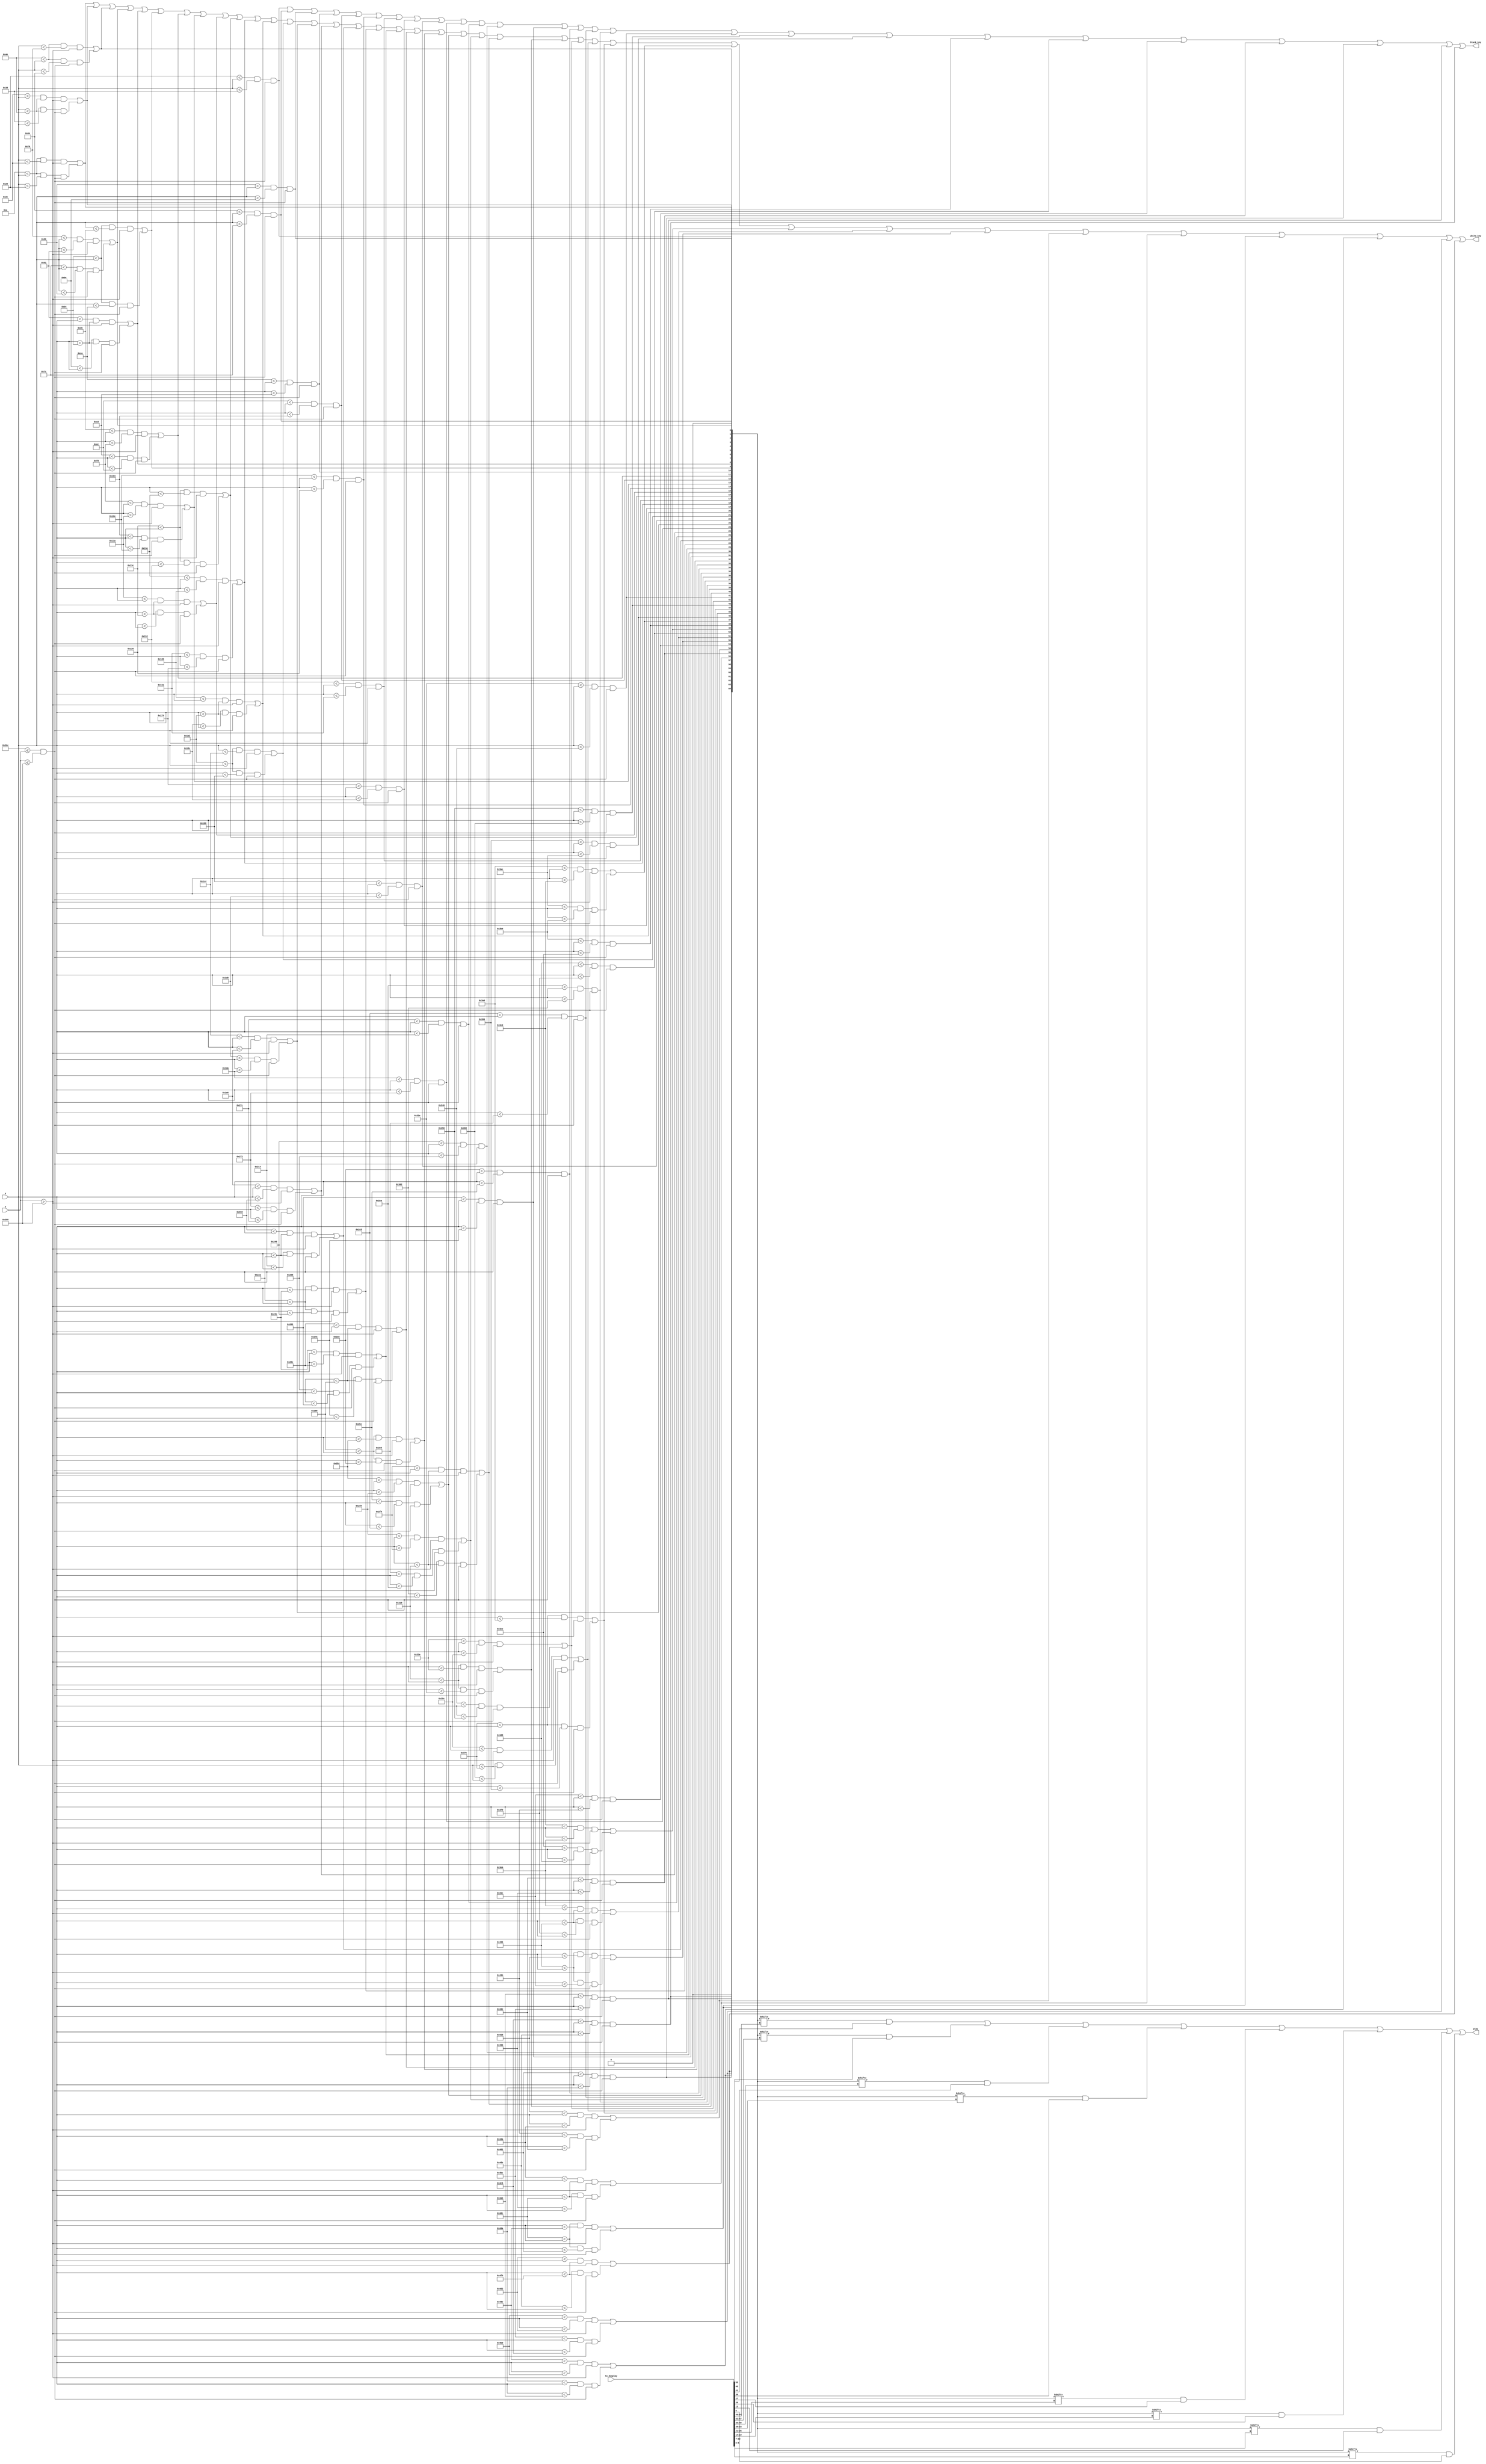
module piano_display(
   input [10:0] x,
	input [9:0] y,
	input [55:0] to_display,
	
	output white_key,
	output black_key,
	output play
);
	
	/* define some bit map variables */
	wire white_key_lower_y_dim = y > 920;
	wire white_key_upper_y_dim = 780 <= y & y <= 920;
	wire black_key_y_dim = 780 <= y & y <= 920;
	
	/* define all notes */
	wire [64:0] notes = {six_B, six_As, six_A, 
								five_Gs, five_G, five_Fs, five_F, five_E, five_Ds, five_D, five_Cs, five_C, five_B, five_As, five_A,
								four_Gs, four_G, four_Fs, four_F, four_E, four_Ds, four_D, four_Cs, four_C, four_B, four_As, four_A,
								three_Gs, three_G, three_Fs, three_F, three_E, three_Ds, three_D, three_Cs, three_C, three_B, three_As, three_A,
								two_Gs, two_G, two_Fs, two_F, two_E, two_Ds, two_D, two_Cs, two_C, two_B, two_As, two_A,
								one_Gs, one_G, one_Fs, one_F, one_E, one_Ds, one_D, one_Cs, one_C, one_B, one_As, one_A, 
								1'b0}; // this is needed to line up the indices
								
	wire one_A = ((11'd10 < x & x < 11'd44) & white_key_lower_y_dim) | ((11'd10 < x & x < 11'd32) & white_key_upper_y_dim);
	wire one_As = ((11'd32 < x & x < 11'd56) & black_key_y_dim);
	wire one_B = ((11'd44 < x & x < 11'd78) & white_key_lower_y_dim) | ((11'd56 < x & x < 11'd78) & white_key_upper_y_dim);
	wire one_C = ((11'd78 < x & x < 11'd112) & white_key_lower_y_dim) | ((11'd78 < x & x < 11'd100) & white_key_upper_y_dim);
	wire one_Cs = ((11'd100 < x & x < 11'd124) & black_key_y_dim);
	wire one_D = ((11'd112 < x & x < 11'd146) & white_key_lower_y_dim) | ((11'd124 < x & x < 11'd134) & white_key_upper_y_dim);
	wire one_Ds = ((11'd134 < x & x < 11'd158) & black_key_y_dim);
	wire one_E = ((11'd146 < x & x < 11'd180) & white_key_lower_y_dim) | ((11'd158 < x & x < 11'd180) & white_key_upper_y_dim);
	wire one_F = ((11'd180 < x & x < 11'd214) & white_key_lower_y_dim) | ((11'd180 < x & x < 11'd202) & white_key_upper_y_dim);
	wire one_Fs = ((11'd202 < x & x < 11'd226) & black_key_y_dim);
	wire one_G = ((11'd214 < x & x < 11'd248) & white_key_lower_y_dim) | ((11'd226 < x & x < 11'd236) & white_key_upper_y_dim);
	wire one_Gs =((11'd236 < x & x < 11'd260) & black_key_y_dim);
	
	wire two_A = ((11'd248 < x & x < 11'd282) & white_key_lower_y_dim) | ((11'd260 < x & x < 11'd270) & white_key_upper_y_dim);
	wire two_As = ((11'd270 < x & x < 11'd294) & black_key_y_dim);
	wire two_B = ((11'd282 < x & x < 11'd316) & white_key_lower_y_dim) | ((11'd294 < x & x < 11'd316) & white_key_upper_y_dim);
	wire two_C = ((11'd316 < x & x < 11'd350) & white_key_lower_y_dim) | ((11'd316 < x & x < 11'd338) & white_key_upper_y_dim);
	wire two_Cs = ((11'd338 < x & x < 11'd362) & black_key_y_dim);
	wire two_D = ((11'd350 < x & x < 11'd384) & white_key_lower_y_dim) | ((11'd362 < x & x < 11'd372) & white_key_upper_y_dim);
	wire two_Ds = ((11'd372 < x & x < 11'd396) & black_key_y_dim);
	wire two_E = ((11'd384 < x & x < 11'd418) & white_key_lower_y_dim) | ((11'd396 < x & x < 11'd418) & white_key_upper_y_dim);
	wire two_F = ((11'd418 < x & x < 11'd452) & white_key_lower_y_dim) | ((11'd418 < x & x < 11'd440) & white_key_upper_y_dim);
	wire two_Fs = ((11'd440 < x & x < 11'd464) & black_key_y_dim);
	wire two_G = ((11'd452 < x & x < 11'd486) & white_key_lower_y_dim) | ((11'd464 < x & x < 11'd474) & white_key_upper_y_dim);
	wire two_Gs = ((11'd474 < x & x < 11'd498) & black_key_y_dim);

	wire three_A = ((11'd486 < x & x < 11'd520) & white_key_lower_y_dim) | ((11'd498 < x & x < 11'd508) & white_key_upper_y_dim);
	wire three_As = ((11'd508 < x & x < 11'd532) & black_key_y_dim);
	wire three_B = ((11'd520 < x & x < 11'd554) & white_key_lower_y_dim) | ((11'd532 < x & x < 11'd554) & white_key_upper_y_dim);
	wire three_C = ((11'd554 < x & x < 11'd588) & white_key_lower_y_dim) | ((11'd554 < x & x < 11'd576) & white_key_upper_y_dim);
	wire three_Cs = ((11'd576 < x & x < 11'd600) & black_key_y_dim);
	wire three_D = ((11'd588 < x & x < 11'd622) & white_key_lower_y_dim) | ((11'd600 < x & x < 11'd610) & white_key_upper_y_dim);
	wire three_Ds = ((11'd610 < x & x < 11'd634) & black_key_y_dim);
	wire three_E = ((11'd622 < x & x < 11'd656) & white_key_lower_y_dim) | ((11'd634 < x & x < 11'd656) & white_key_upper_y_dim);
	wire three_F = ((11'd656 < x & x < 11'd690) & white_key_lower_y_dim) | ((11'd656 < x & x < 11'd678) & white_key_upper_y_dim);
	wire three_Fs = ((11'd678 < x & x < 11'd702) & black_key_y_dim);
	wire three_G = ((11'd690 < x & x < 11'd724) & white_key_lower_y_dim) | ((11'd702 < x & x < 11'd712) & white_key_upper_y_dim);
	wire three_Gs = ((11'd712 < x & x < 11'd736) & black_key_y_dim);

	wire four_A = ((11'd724 < x & x < 11'd758) & white_key_lower_y_dim) | ((11'd736 < x & x < 11'd746) & white_key_upper_y_dim);
	wire four_As = ((11'd746 < x & x < 11'd770) & black_key_y_dim);
	wire four_B = ((11'd758 < x & x < 11'd792) & white_key_lower_y_dim) | ((11'd770 < x & x < 11'd792) & white_key_upper_y_dim);
	wire four_C = ((11'd792 < x & x < 11'd826) & white_key_lower_y_dim) | ((11'd792 < x & x < 11'd814) & white_key_upper_y_dim);
	wire four_Cs = ((11'd814 < x & x < 11'd838) & black_key_y_dim);
	wire four_D = ((11'd826 < x & x < 11'd860) & white_key_lower_y_dim) | ((11'd838 < x & x < 11'd848) & white_key_upper_y_dim);
	wire four_Ds = ((11'd848 < x & x < 11'd872) & black_key_y_dim);
	wire four_E = ((11'd860 < x & x < 11'd894) & white_key_lower_y_dim) | ((11'd872 < x & x < 11'd894) & white_key_upper_y_dim);
	wire four_F = ((11'd894 < x & x < 11'd928) & white_key_lower_y_dim) | ((11'd894 < x & x < 11'd916) & white_key_upper_y_dim);
	wire four_Fs = ((11'd916 < x & x < 11'd940) & black_key_y_dim);
	wire four_G = ((11'd928 < x & x < 11'd962) & white_key_lower_y_dim) | ((11'd940 < x & x < 11'd950) & white_key_upper_y_dim);
	wire four_Gs = ((11'd950 < x & x < 11'd974) & black_key_y_dim);

	wire five_A = ((11'd962 < x & x < 11'd996) & white_key_lower_y_dim) | ((11'd974 < x & x < 11'd984) & white_key_upper_y_dim);
	wire five_As = ((11'd984 < x & x < 11'd1008) & black_key_y_dim);
	wire five_B = ((11'd996 < x & x < 11'd1030) & white_key_lower_y_dim) | ((11'd1008 < x & x < 11'd1030) & white_key_upper_y_dim);
	wire five_C = ((11'd1030 < x & x < 11'd1064) & white_key_lower_y_dim) | ((11'd1030 < x & x < 11'd1052) & white_key_upper_y_dim);
	wire five_Cs = ((11'd1052 < x & x < 11'd1076) & black_key_y_dim);
	wire five_D = ((11'd1064 < x & x < 11'd1098) & white_key_lower_y_dim) | ((11'd1076 < x & x < 11'd1086) & white_key_upper_y_dim);
	wire five_Ds = ((11'd1086 < x & x < 11'd1110) & black_key_y_dim);
	wire five_E = ((11'd1098 < x & x < 11'd1132) & white_key_lower_y_dim) | ((11'd1110 < x & x < 11'd1132) & white_key_upper_y_dim);
	wire five_F = ((11'd1132 < x & x < 11'd1166) & white_key_lower_y_dim) | ((11'd1132 < x & x < 11'd1154) & white_key_upper_y_dim);
	wire five_Fs = ((11'd1154 < x & x < 11'd1178) & black_key_y_dim);
	wire five_G = ((11'd1166 < x & x < 11'd1200) & white_key_lower_y_dim) | ((11'd1178 < x & x < 11'd1188) & white_key_upper_y_dim);
	wire five_Gs = ((11'd1188 < x & x < 11'd1212) & black_key_y_dim);

	wire six_A = ((11'd1200 < x & x < 11'd1234) & white_key_lower_y_dim) | ((11'd1212 < x & x < 11'd1222) & white_key_upper_y_dim);
	wire six_As = ((11'd1222 < x & x < 11'd1246) & black_key_y_dim);
	wire six_B = ((11'd1234 < x & x < 11'd1268) & white_key_lower_y_dim) | ((11'd1246 < x & x < 11'd1268) & white_key_upper_y_dim);	
	
	/* define white/black notes */
	assign white_key = 	one_A | one_B | one_C | one_D | one_E | one_F | one_G |
								two_A | two_B | two_C | two_D | two_E | two_F | two_G |
								three_A | three_B | three_C | three_D | three_E | three_F | three_G |
								four_A | four_B | four_C | four_D | four_E | four_F | four_G |
								five_A | five_B | five_C | five_D | five_E | five_F | five_G |
								six_A | six_B;
							
	assign black_key = 	one_As | one_Cs | one_Ds | one_Fs | one_Gs |
								two_As | two_Cs | two_Ds | two_Fs | two_Gs |
								three_As | three_Cs | three_Ds | three_Fs | three_Gs |
								four_As | four_Cs | four_Ds | four_Fs | four_Gs |
								five_As | five_Cs | five_Ds | five_Fs | five_Gs |
								six_As;
	
	/* -----------------------------------------------------------------------------
		Dynamic Notes Display Control
	----------------------------------------------------------------------------- */
	
	wire [5:0] note_to_display_1 = to_display[54:49]; // 	|samples = 55
	wire sample_live_1 = to_display[55];
	wire [5:0] note_to_display_2 = to_display[47:42]; // 48
	wire sample_live_2 = to_display[48];
	wire [5:0] note_to_display_3 = to_display[40:35]; // 41
	wire sample_live_3 = to_display[41];
	wire [5:0] note_to_display_4 = to_display[33:28]; // 34
	wire sample_live_4 = to_display[34];
	wire [5:0] note_to_display_5 = to_display[26:21]; // 27
	wire sample_live_5 = to_display[27];
	wire [5:0] note_to_display_6 = to_display[19:14]; // 20
	wire sample_live_6 = to_display[20];
	wire [5:0] note_to_display_7 = to_display[12:7]; // 13
	wire sample_live_7 = to_display[13];
	wire [5:0] note_to_display_8 = to_display[5:0]; // 6
	wire sample_live_8 = to_display[6];

	
	assign play = 	(notes[note_to_display_1] & sample_live_1) |
						(notes[note_to_display_2] & sample_live_2) |
						(notes[note_to_display_3] & sample_live_3) |
						(notes[note_to_display_4] & sample_live_4) |
						(notes[note_to_display_5] & sample_live_5) |
						(notes[note_to_display_6] & sample_live_6) |
						(notes[note_to_display_7] & sample_live_7) |
						(notes[note_to_display_8] & sample_live_8);

endmodule